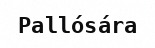
Pallósára